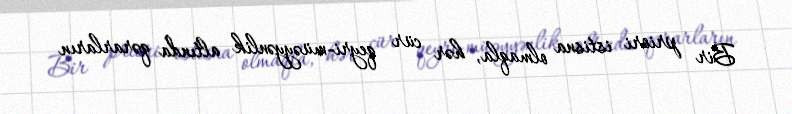
Bir priori istisna olmaqla, hər cür qeyri-müəyyənlik altında qərarların